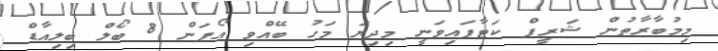
މިމުބާރާތުން ޝަރީފް ކަޓާފައިވަނީ މިދިޔަ މަހު ބޭއްވި އޯޕަން 8 ބޯލް ބިލިއާޑް